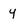
Character: y